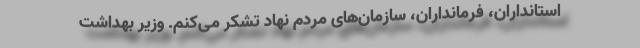
استانداران، فرمانداران، سازمان‌های مردم نهاد تشکر می‌کنم. وزیر بهداشت